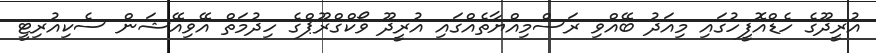
އުރީދޫގެ ހެޑްއޮފީހުގައި މިއަދު ބޭއްވި ރަސްމިއްޔާތެއްގައި އުރީދޫ ވޯކްގްރޫޕްގެ ހިދުމަތް އޭވިއޭޝަން ސެކިއުރިޓީ